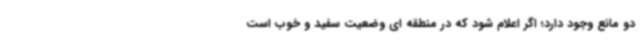
دو مانع وجود دارد؛ اگر اعلام شود که در منطقه ای وضعیت سفید و خوب است